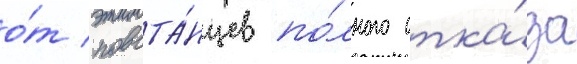
о́т повста́нцев по́лного отка́за